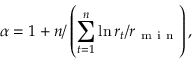
\alpha = 1 + n / \left( \sum _ { t = 1 } ^ { n } \ln { r _ { t } } / { r _ { \mathrm { ~ m ~ i ~ n ~ } } } \right) ,